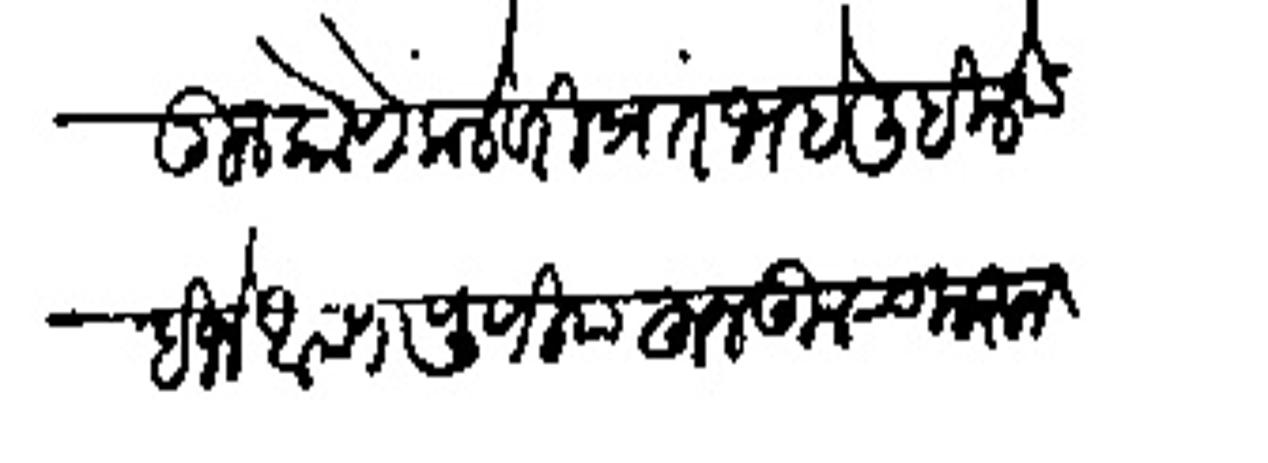
Transliteration (Devanagari): ऊन कोणे कलेबरी प्रारंभ हे लिहिले पाहिजे आपण पुणियाहून कूच करुन